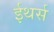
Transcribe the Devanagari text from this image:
ईथर्स